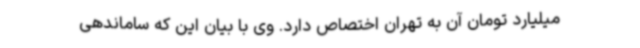
میلیارد تومان آن به تهران اختصاص دارد. وی با بیان این که ساماندهی